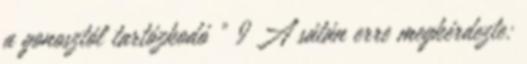
a gonosztól tartózkodó " 9 A sátán erre megkérdezte: